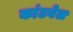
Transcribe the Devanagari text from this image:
कांटवेल